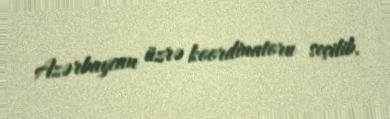
Azərbaycan üzrə koordinatoru seçilib.